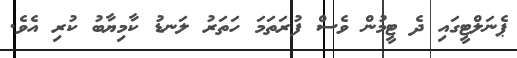
ޕެނަލްޓީގައި ދެ ޓީމުން ވެސް ފުރަތަމަ ހަތަރު ލަނޑު ކާމިޔާބު ކުރި އެވެ.